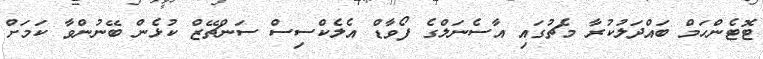
ޓޮޓެންހަމް ބައްދަލުކުރާ މެޗުގައި އާސެނަލްގެ ފޯވާޑް އެލެކްސިސް ސަންޗޭޒް ކުޅެން ބޭނުންވާ ކަމަށް